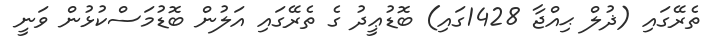
ތެރޭގައި (ޛުލް ޙިއްޖާ 1428ގައި) ބޮޑުޢީދު ގެ ތެރޭގައި އަލުން ބޮޑުމަސްކުޅުން ވަނީ